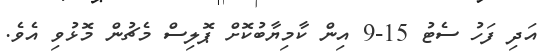
އަދި ފަހު ސެޓު 15-9 އިން ކާމިޔާބުކޮށް ޕޮލިސް މެޗުން މޮޅުވި އެވެ.